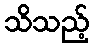
သိသည့်